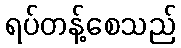
ရပ်တန့်စေသည်